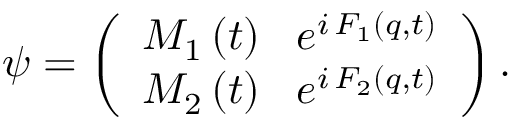
\psi = \left( \begin{array} { l } { { M _ { 1 } \left( t \right) \, \, \, \, e ^ { i \, F _ { 1 } \left( q , t \right) } } } \\ { { M _ { 2 } \left( t \right) \, \, \, \, e ^ { i \, F _ { 2 } \left( q , t \right) } } } \end{array} \right) . \,